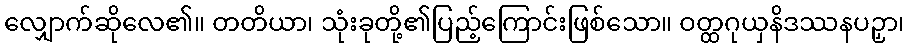
လျှောက်ဆိုလေ၏။ တတိယာ၊ သုံးခုတို့၏ပြည့်ကြောင်းဖြစ်သော။ ဝတ္ထဂုယှနိဒဿနပဉှာ၊